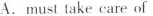
A. must take care of